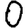
Digit: 0